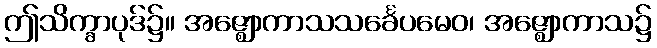
ဤသိက္ခာပုဒ်၌။ အဇ္ဈောကာသသင်္ခေပမေဝ၊ အဇ္ဈောကာသ၌